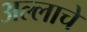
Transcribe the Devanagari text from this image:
अल्लाचे